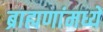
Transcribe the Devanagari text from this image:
ब्राह्मणांमध्यें